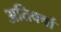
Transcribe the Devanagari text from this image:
अतिवर्षा